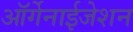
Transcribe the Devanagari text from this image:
ऑर्गेनाईजेशन